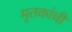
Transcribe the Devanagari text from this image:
मृतकांची